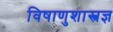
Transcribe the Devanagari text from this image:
विषाणुशास्त्रज्ञ